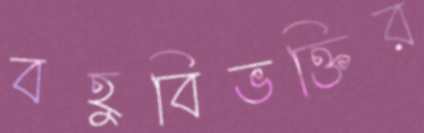
বহুবিভক্তির